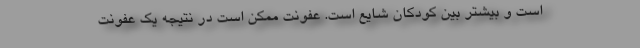
است و بیشتر بین کودکان شایع است. عفونت ممکن است در نتیجه یک عفونت